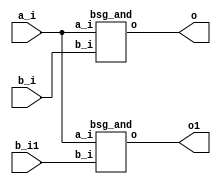


module top
(
  a_i,
  b_i,
  o,
  b_i1, // added for decompiling
  o1 // added for decompiling
);

  input [31:0] a_i;
  input [31:0] b_i;
  input [31:0] b_i1; // added for decompiling
  output [31:0] o;
  output [31:0] o1; // added for decompiling

  bsg_and
  wrapper
  (
    .a_i(a_i),
    .b_i(b_i),
    .o(o)
  );

  bsg_and
  wrapper1
  (
    .a_i(a_i),
    .b_i(b_i1), // added for decompiling
    .o(o1) // added for decompiling
  );


endmodule



module bsg_and
(
  a_i,
  b_i,
  o
);

  input [31:0] a_i;
  input [31:0] b_i;
  output [31:0] o;
  wire [31:0] o;
  assign o[31] = a_i[31] & b_i[31];
  assign o[30] = a_i[30] & b_i[30];
  assign o[29] = a_i[29] & b_i[29];
  assign o[28] = a_i[28] & b_i[28];
  assign o[27] = a_i[27] & b_i[27];
  assign o[26] = a_i[26] & b_i[26];
  assign o[25] = a_i[25] & b_i[25];
  assign o[24] = a_i[24] & b_i[24];
  assign o[23] = a_i[23] & b_i[23];
  assign o[22] = a_i[22] & b_i[22];
  assign o[21] = a_i[21] & b_i[21];
  assign o[20] = a_i[20] & b_i[20];
  assign o[19] = a_i[19] & b_i[19];
  assign o[18] = a_i[18] & b_i[18];
  assign o[17] = a_i[17] & b_i[17];
  assign o[16] = a_i[16] & b_i[16];
  assign o[15] = a_i[15] & b_i[15];
  assign o[14] = a_i[14] & b_i[14];
  assign o[13] = a_i[13] & b_i[13];
  assign o[12] = a_i[12] & b_i[12];
  assign o[11] = a_i[11] & b_i[11];
  assign o[10] = a_i[10] & b_i[10];
  assign o[9] = a_i[9] & b_i[9];
  assign o[8] = a_i[8] & b_i[8];
  assign o[7] = a_i[7] & b_i[7];
  assign o[6] = a_i[6] & b_i[6];
  assign o[5] = a_i[5] & b_i[5];
  assign o[4] = a_i[4] & b_i[4];
  assign o[3] = a_i[3] & b_i[3];
  assign o[2] = a_i[2] & b_i[2];
  assign o[1] = a_i[1] & b_i[1];
  assign o[0] = a_i[0] & b_i[0];

endmodule